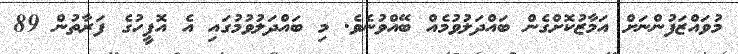
މުވައްޒަފުންނަށް އަމާޒުކޮށްގެން ބައްދަލުވުމެއް ބޭއްވުނެވެ. މި ބައްދަލުވުމުގައި އެ އޮފީހުގެ ފަރާތުން 89